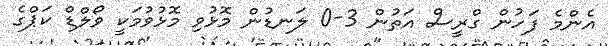
އެންމެ ފަހުން ގްރީސް އަތުން 3-0 ލަނޑުން މޮޅުވި މޮޅުވުމަކީ ވޯލްޑް ކަޕްގެ